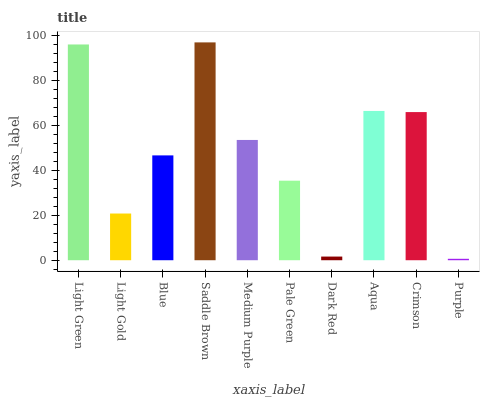
| xaxis_label | bars |
 | --- | --- |
 | Light Green | 96 |
 | Light Gold | 20.8 |
 | Blue | 46.7 |
 | Saddle Brown | 97 |
 | Medium Purple | 53.5 |
 | Pale Green | 35.4 |
 | Dark Red | 1.63 |
 | Aqua | 66.4 |
 | Crimson | 65.9 |
 | Purple | 0.635 |